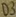
Text: D3